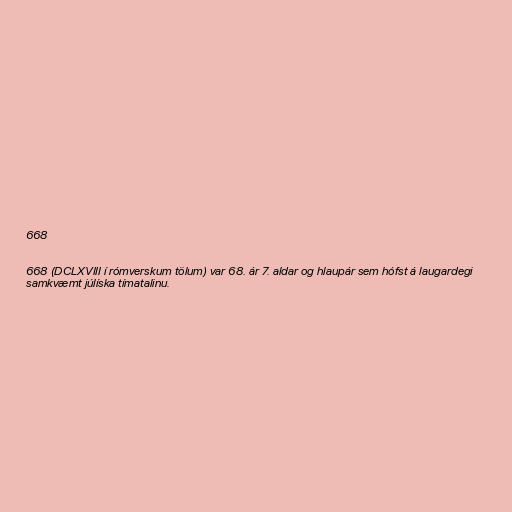
668

668 (DCLXVIII í rómverskum tölum) var 68. ár 7. aldar og hlaupár sem hófst á laugardegi
samkvæmt júlíska tímatalinu.